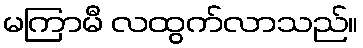
မကြာမီ လထွက်လာသည်။